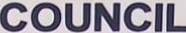
COUNCIL